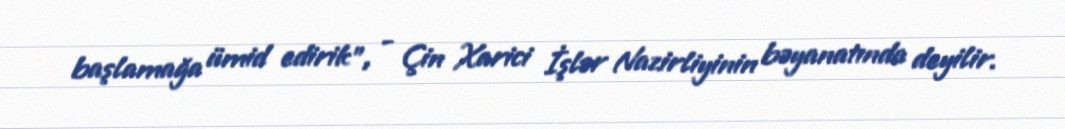
başlamağa ümid edirik", - Çin Xarici İşlər Nazirliyinin bəyanatında deyilir.